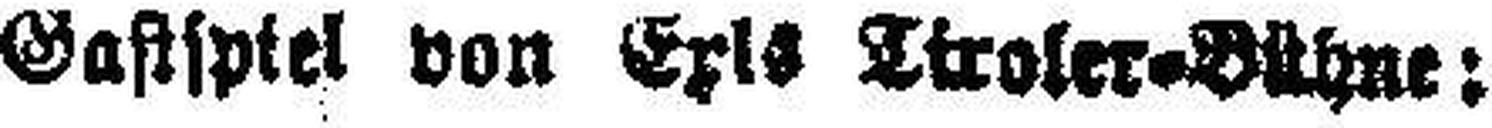
Gastspiel von Exl### Tiroler-Bühne: